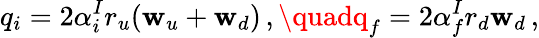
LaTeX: q_{i}=2\alpha_{i}^{I}r_{u}(\mathbf{w}_{u}+\mathbf{w}_{d})\, ,\quadq_{f}=2\alpha_{f}^{I}r_{d}\mathbf{w}_{d}\, ,